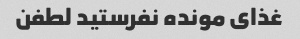
غذاى مونده نفرستید لطفن